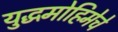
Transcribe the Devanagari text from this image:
युद्धमोहिमेचे